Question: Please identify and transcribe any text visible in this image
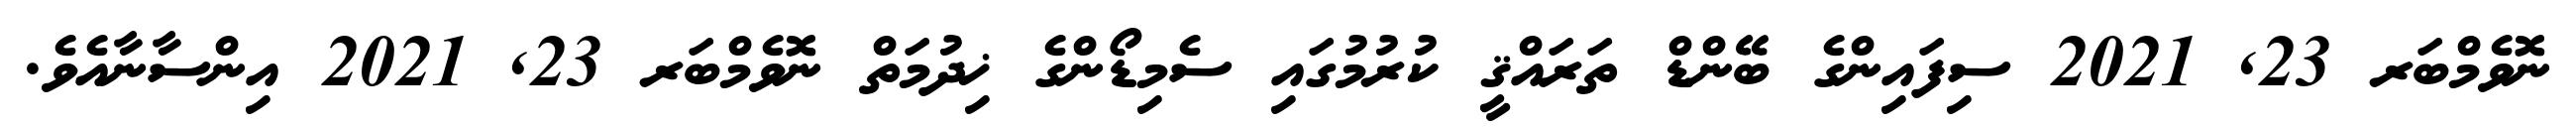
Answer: ނޮވެމްބަރ 23, 2021 ސިފައިންގެ ބޭންޑް ތަރައްޤީ ކުރުމުގައި ސެމިޑޯންގެ ޚިދުމަތް ނޮވެމްބަރ 23, 2021 އިންސާނާއެވެ.